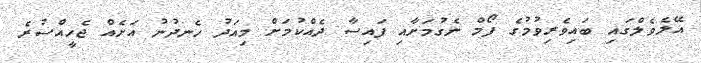
އޭލެވެލްގައި ބައިވެރިވުމުގެ ފޯމް ނެގުމަށާއި ފައިސާ ދެއްކުމަށް މިއަދު ހެނދުނު އަށެއް ޖެހީއްސުރެ